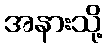
အနားသို့